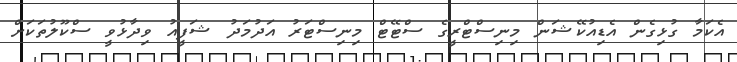
އެކަމާ ގުޅިގެން އެޑިއުކޭޝަން މިނިސްޓްރީގެ ސްޓޭޓް މިނިސްޓަރު އަދުމަދު ޝަފީއު ވިދާޅުވީ ސްކޫލުތަކަށް